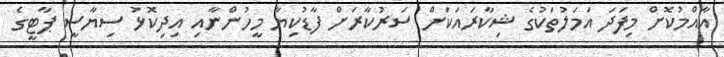
އާއްމުކޮށް މިފަދަ އަމަލުތަކުގެ ޝިކާރައަކަށް ސަރުކާރަށް ފާޑުކިޔާ މީހުންނާއި އިދިކޮޅު ސިޔާސީ ޕާޓީގެ